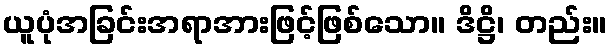
ယူပုံအခြင်းအရာအားဖြင့်ဖြစ်သော။ ဒိဋ္ဌိ၊ တည်း။